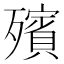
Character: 殯